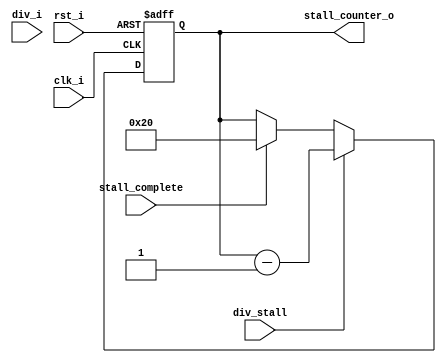
//`timescale 1ns / 1ps
//////////////////////////////////////////////////////////////////////////////////
// Company: 
// Engineer: 
// 
// Design Name: 
// Module Name:    counter 
// Project Name: 
// Target Devices: 
// Tool versions: 
// Description: 
//
// Dependencies: 
//
// Revision: 
// Revision 0.01 - File Created
// Additional Comments: 
//
//////////////////////////////////////////////////////////////////////////////////
module counter(
        rst_i,      
		clk_i,			
		div_i,			
		div_stall,			
		stall_complete,			  //EX_EX_stall_complete,
		stall_counter_o			  //EX_stall_counter
    );
	
input               rst_i;
input               clk_i;
input               div_i;         
input               div_stall; 
input               stall_complete;  
output reg  [31:0]  stall_counter_o;

always @(posedge clk_i or negedge  rst_i)begin
      if(rst_i==0)
	    stall_counter_o<=0;
      else  begin
		  if(div_stall)
		     stall_counter_o <= stall_counter_o-1;			 		 
		  else if(stall_complete)
		     stall_counter_o <= 32;			 		  
		  else 
		     stall_counter_o <= stall_counter_o;			 	       
	 end
      
end

endmodule